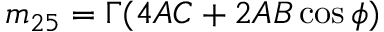
m _ { 2 5 } = \Gamma ( 4 A C + 2 A B \cos \phi )